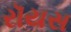
રૉયસ